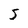
Character: J